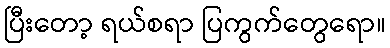
ပြီးတော့ ရယ်စရာ ပြကွက်တွေရော။